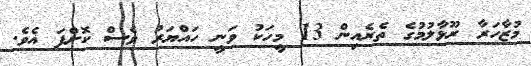
މުޒާހަރާ ރޫޅާލުމުގެ ތެރެއިން 13 މީހަކު ވަނީ ހައްޔަރު ވެސް ކޮށްފަ އެވެ.